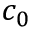
c _ { 0 }